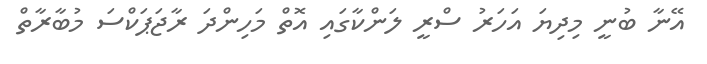
އޭނާ ބުނީ މިދިޔަ އަހަރު ސްރީ ލަންކާގައި އޮތް މަހިންދަ ރާޖަޕަކްސަ މުބާރާތް